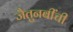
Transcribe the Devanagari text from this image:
जैतुनबींची